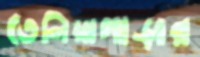
তেলিয়াপাড়ার